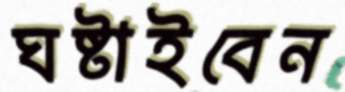
ঘষ্‌টাইবেন